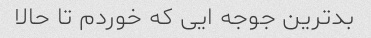
بدترین جوجه ایی که خوردم تا حالا